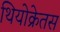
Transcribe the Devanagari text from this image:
थियोक्रेतस